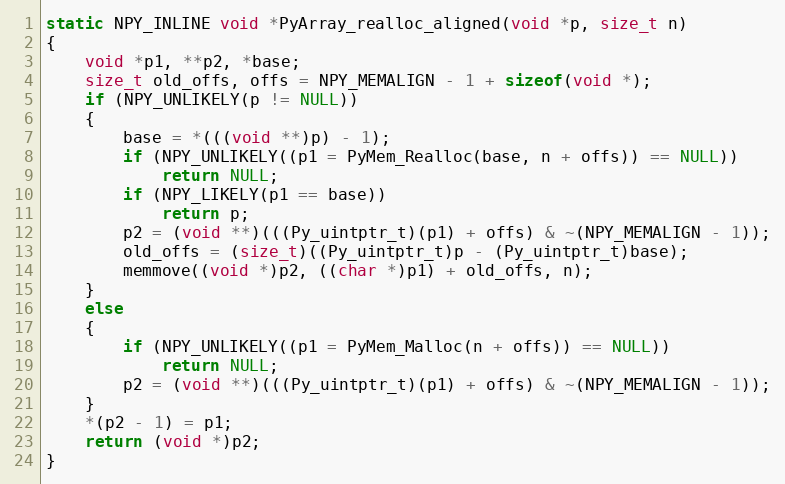
Language: C
static NPY_INLINE void *PyArray_realloc_aligned(void *p, size_t n)
{
    void *p1, **p2, *base;
    size_t old_offs, offs = NPY_MEMALIGN - 1 + sizeof(void *);
    if (NPY_UNLIKELY(p != NULL))
    {
        base = *(((void **)p) - 1);
        if (NPY_UNLIKELY((p1 = PyMem_Realloc(base, n + offs)) == NULL))
            return NULL;
        if (NPY_LIKELY(p1 == base))
            return p;
        p2 = (void **)(((Py_uintptr_t)(p1) + offs) & ~(NPY_MEMALIGN - 1));
        old_offs = (size_t)((Py_uintptr_t)p - (Py_uintptr_t)base);
        memmove((void *)p2, ((char *)p1) + old_offs, n);
    }
    else
    {
        if (NPY_UNLIKELY((p1 = PyMem_Malloc(n + offs)) == NULL))
            return NULL;
        p2 = (void **)(((Py_uintptr_t)(p1) + offs) & ~(NPY_MEMALIGN - 1));
    }
    *(p2 - 1) = p1;
    return (void *)p2;
}